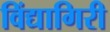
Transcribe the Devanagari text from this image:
विंद्यागिरी